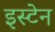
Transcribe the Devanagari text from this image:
इस्टेन